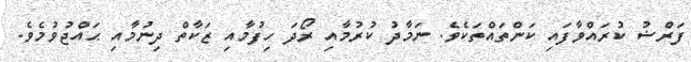
ފަރްޟު ކުރައްވާފައި ކަންތައްތަކެވެ. ނަމާދު ކުރުމާއި ރޯދަ ހިފުމާއި ޒަކާތް ދިނުމާއި ޙައްޖުވުމެވެ.